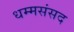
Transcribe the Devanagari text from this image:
धम्मसंसद